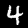
Digit: 4